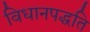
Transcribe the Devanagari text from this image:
विधानपद्धति